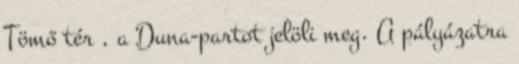
Tömő tér , a Duna-partot jelöli meg. A pályázatra